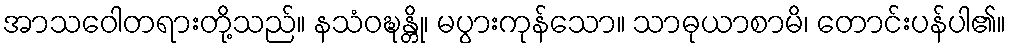
အာသဝေါတရားတို့သည်။ နသံဝဍ္ဎန္တို၊ မပွားကုန်သော။ သာဓုယာစာမိ၊ တောင်းပန်ပါ၏။